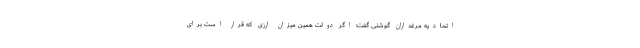
اتحادیه مرغداران گوشتی گفت: اگر دولت همین میزان ارزی که قرار است برای